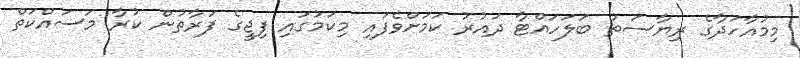
މިމުއާހަދާގެ ރިޔާސަތު ބަލަހައްޓާ ދައުރު ކަމަށްވެފައި މިކަމުގައި ފިޖީގެ ފަރާތުން ކުރާ މަސައްކަތް